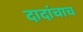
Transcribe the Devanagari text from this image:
दादांचाच